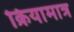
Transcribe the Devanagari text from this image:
क्रियामात्र